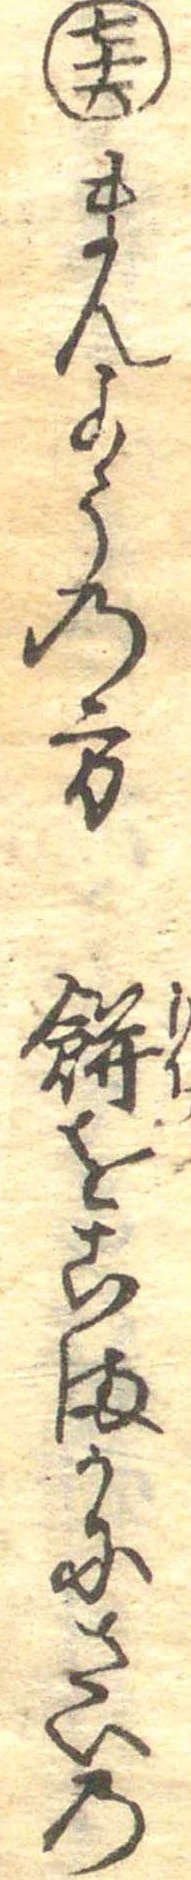
七十六まんようの方餅をこまかにさいの